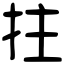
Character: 拄